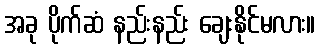
အခု ပိုက်ဆံ နည်းနည်း ချေးနိုင်မလား။